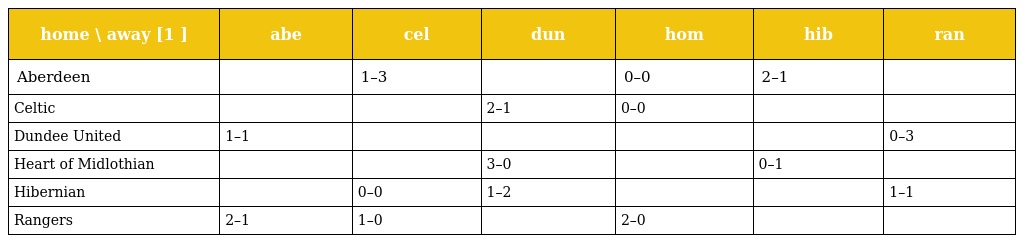
| home \ away [1 ] | abe | cel | dun | hom | hib | ran |
 | --- | --- | --- | --- | --- | --- | --- |
 | Aberdeen |  | 1–3 |  | 0–0 | 2–1 |  |
 | Celtic |  |  | 2–1 | 0–0 |  |  |
 | Dundee United | 1–1 |  |  |  |  | 0–3 |
 | Heart of Midlothian |  |  | 3–0 |  | 0–1 |  |
 | Hibernian |  | 0–0 | 1–2 |  |  | 1–1 |
 | Rangers | 2–1 | 1–0 |  | 2–0 |  |  |